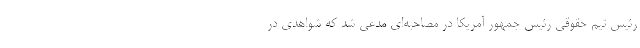
رئیس تیم حقوقی رئیس جمهور آمریکا در مصاحبه‌ای مدعی شد که شواهدی در